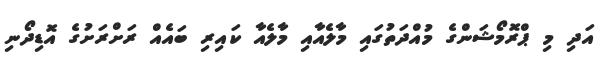
އަދި މި ޕްރޮމޯޝަންގެ މުއްދަތުގައި މާލެއާއި މާލެއާ ކައިރި ބައެއް ރަށްރަށުގެ އޮޑިދޯނި